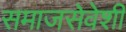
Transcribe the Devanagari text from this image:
समाजसेवेशी